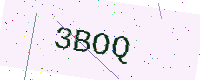
Text: 3BOQ